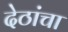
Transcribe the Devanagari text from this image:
देठांचा